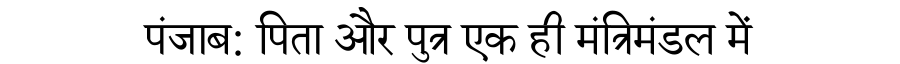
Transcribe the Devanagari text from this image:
पंजाब: पिता और पुत्र एक ही मंत्रिमंडल में